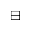
\boxminus